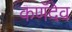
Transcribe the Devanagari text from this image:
कणॅदेव